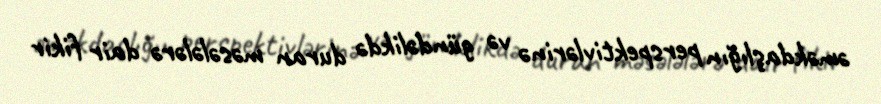
əməkdaşlığın perspektivlərinə və gündəlikdə duran məsələlərə dair fikir